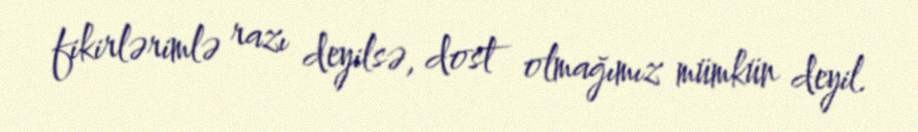
fikirlərimlə razı deyilsə, dost olmağımız mümkün deyil.